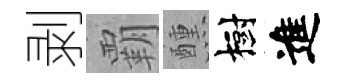
剥覇醺樹進